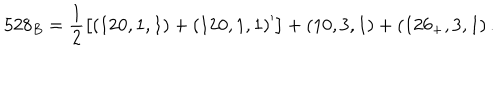
5 2 8 _ { B } = \frac 1 2 \left[ \left( 1 2 0 , 1 , 1 \right) + \left( 1 2 0 , 1 , 1 \right) ^ { \prime } \right] + \left( 1 0 , 3 , 1 \right) + \left( 1 2 6 _ { + } , 3 , 1 \right) .